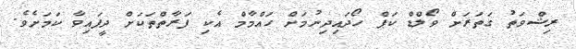
ރިޝްވަތު ގަތަރަށް ވޯލްޑް ކަޕް ހޯދައިދިނުމަށް ހައްމާމް އެކި ފަރާތްތަކަށް ދީފައިވާ ކަމަށެވެ.